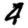
Digit: 4